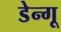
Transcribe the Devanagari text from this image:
डेन्गू